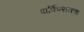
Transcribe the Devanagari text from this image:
पार्किन्सनचा